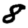
Digit: 8